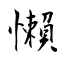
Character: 懶